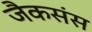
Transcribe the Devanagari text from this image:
जैकसंस